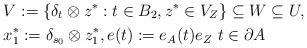
LaTeX: \begin{align*}&V:= \{ \delta_t \otimes z^* : t \in B_2, z^* \in V_Z \} \subseteq W \subseteq U, \\&x_1^* := \delta_{s_0} \otimes z_1^*, e(t) := e_A (t) e_Z \,\, t \in \partial A\end{align*}